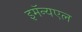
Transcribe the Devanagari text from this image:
इमॅन्यएल